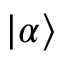
| \alpha \rangle